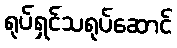
ရုပ်ရှင်သရုပ်ဆောင်